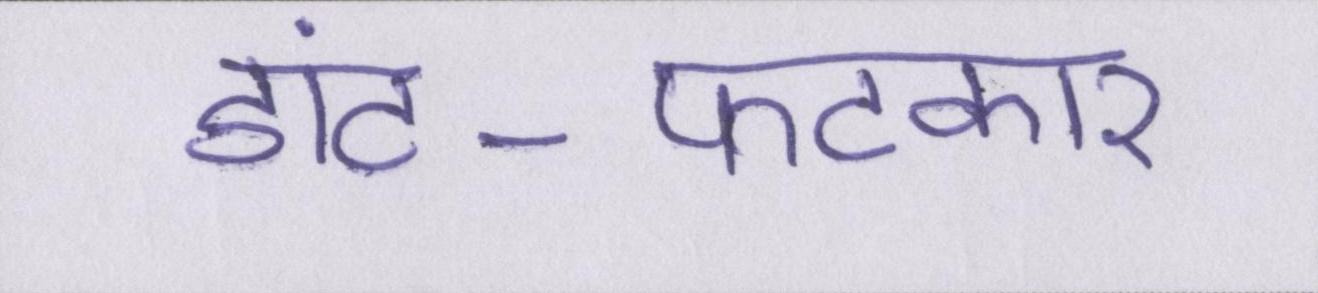
डांट-फटकार